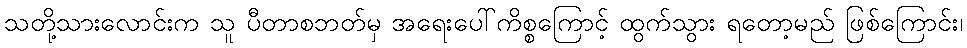
သတို့သားလောင်းက သူ ပီတာစဘတ်မှ အရေးပေါ်ကိစ္စကြောင့် ထွက်သွား ရတော့မည် ဖြစ်ကြောင်း၊